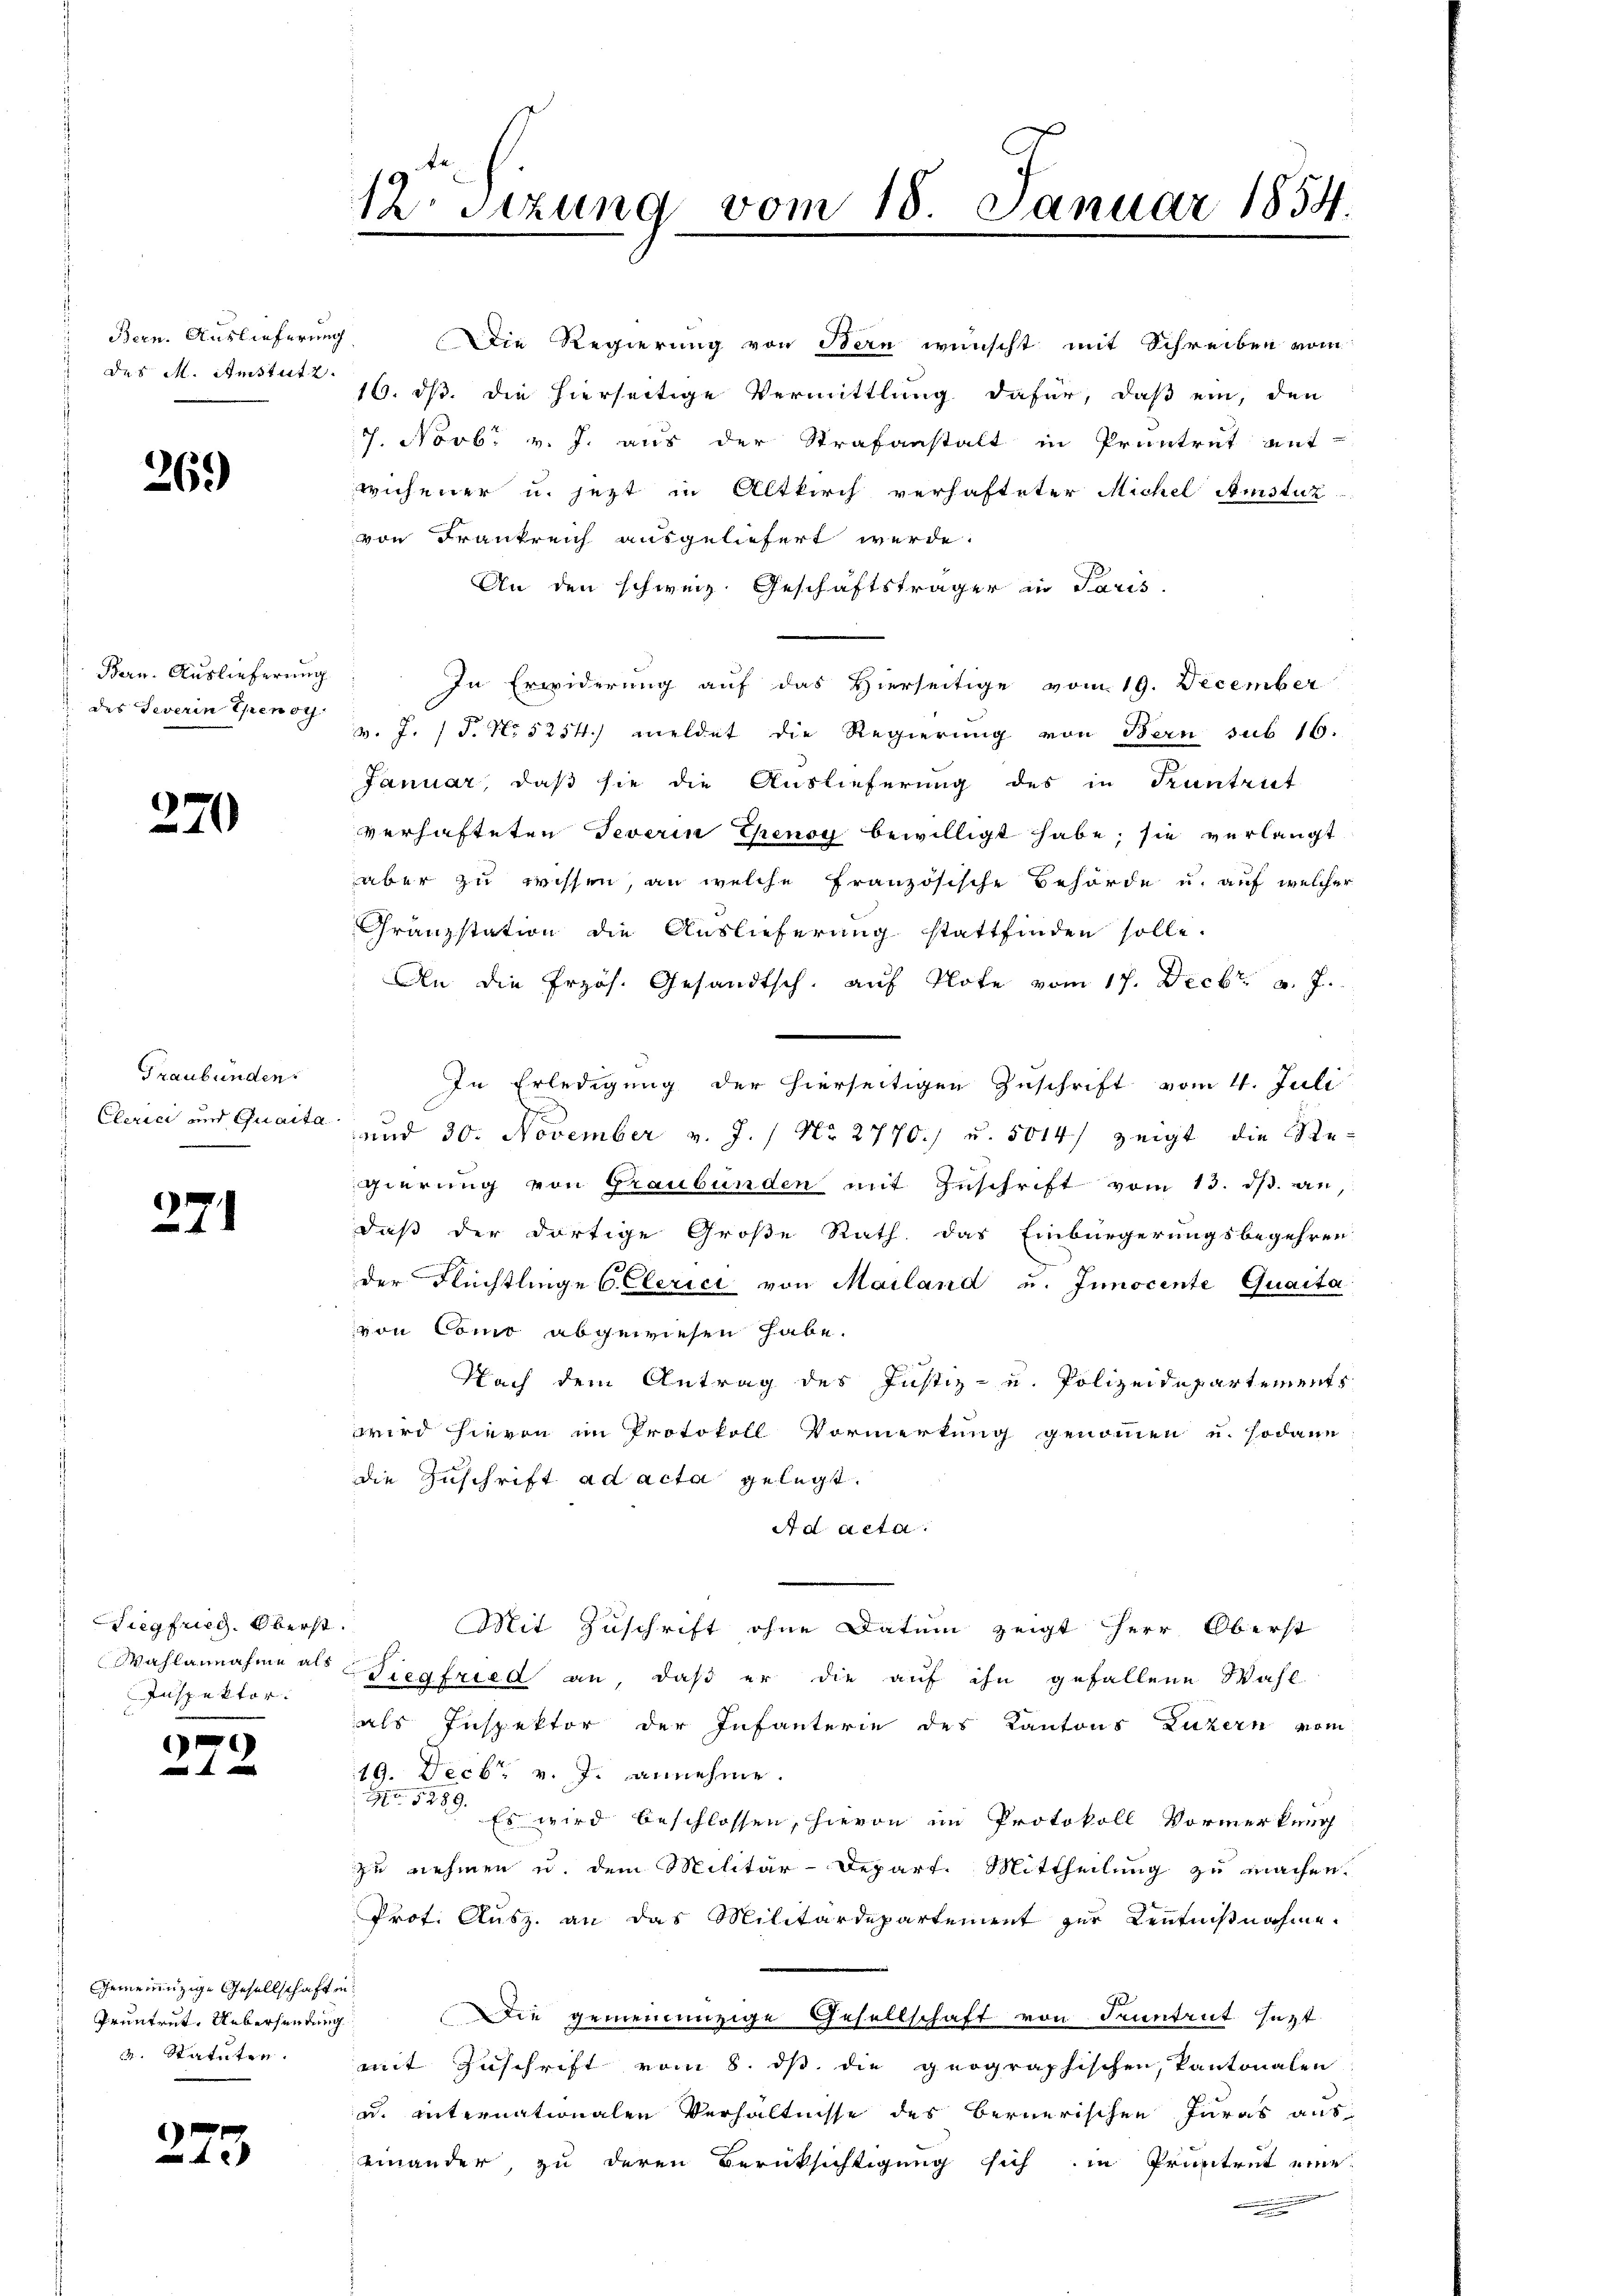
Bern. Auslieferung
des M. Amstutz

269)

Bern. Auslieferung

270

Graubünden.

271

Siegfried, Oberst.
Wahlannahme als
Inspektor.

)
n

)

Gemeinzige Gesellschaften
2. Statuten.

273

Die Regierung von Bern wünscht mit Schreiben vom
16. ds. die hierseitige Vermittlung dafür, daß ein, den
7. Novbr v. J. aus der Strafanstalt in Pruntrut ant-
wiesener u. jetzt in Altkirch verhafteter Michel Amstuz
von Frankreich ausgeliefert werde.
An den schweiz. Geschäftsträger in Paris
In Erwiderung auf das Hierseitige vom 19. December
 des Severin Speng. S. 1 P. No 5254. meldet die Regierung von Bern sub 16.
Januar, daß sie die Auslieferung des in Kantrit
verhafteten Teverin Ehenoy bewilligt habe; sie verlangt
aber zu wissen, an welche französische Behörde u. auf welcher
Granzstation die Auslieferung stattfinden solle.
An die frzös. Gesandtsch. auf Note vom 17. Decbr. v. J.
In Erledigung der hierseitigen Zuschrift vom 4. Juli
Clerici und Quaita und 30. November v. J. / No. 2770./ u. 5014/ zeigt die Re-
gierung von Graubünden mit Zŭschrift vom 13. ds. an,
daß der dortige Große Rath. Das Einbürgerungsbegehren
der Flüchtlinge C. Clerici von Mailand u. Innocente Quaita
von Como abgewiesen habe.
Nach dem Antrag des Justiz- u. Polizeidepartements
wird hievon im Protokoll Vormerkung genommen u. sodann
die Zuschrift ad acta gelegt.
Ad Acta.
Mit Zuschrift ohne Datum zeigt Herr Oberst
Tiegfried an, daß er die auf ihn gefallene Wahl
als Inspektor der Infanterie des Kantons Luzern vom
19. Decbr. v. J. annehme.
H. 5289.
Es wird beschlossen, hievon im Protokoll Vormerkung
zu nehmen u. dem Militär-Depart. Mittheilung zu machen.
Prof. Ausz. an das Militärdepartement zur Kenntniβnahme.
Pruntrut. Uebersendung Die gemeinenzige Gesellschaft von Sonntent sezt
mit Zuschrift vom 8. ds. die geographischen, Pantonalen
u. internationalen Verhältnisse des Bernerischen Juras aus
einander, zu deren Berücksichtigung sich in Pruntrut eine
n

12. Sitzung vom 18. Januar 1854.